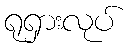
ရုရှားလုပ်